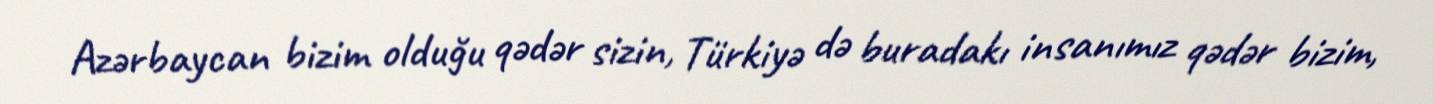
Azərbaycan bizim olduğu qədər sizin, Türkiyə də buradakı insanımız qədər bizim,